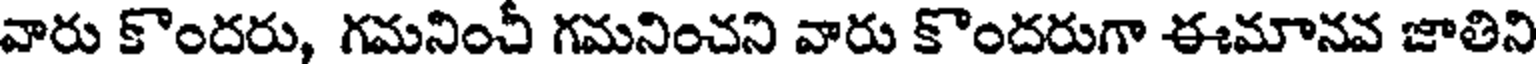
వారు కొందరు, గమనించీ గమనించని వారు కొందరుగా ఈమానవ జాతిని